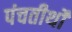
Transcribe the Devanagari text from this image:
पंचतीर्थों